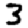
Digit: 3